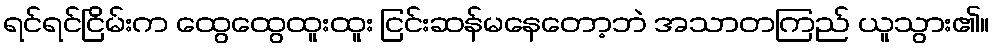
ရင်ရင်ငြိမ်းက ထွေထွေထူးထူး ငြင်းဆန်မနေတော့ဘဲ အသာတကြည် ယူသွား၏။